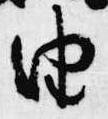
由